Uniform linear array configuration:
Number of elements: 64
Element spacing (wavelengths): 0.75
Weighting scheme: hann
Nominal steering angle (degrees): -30
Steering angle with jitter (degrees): -29.601
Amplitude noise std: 0.05
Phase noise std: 0.05

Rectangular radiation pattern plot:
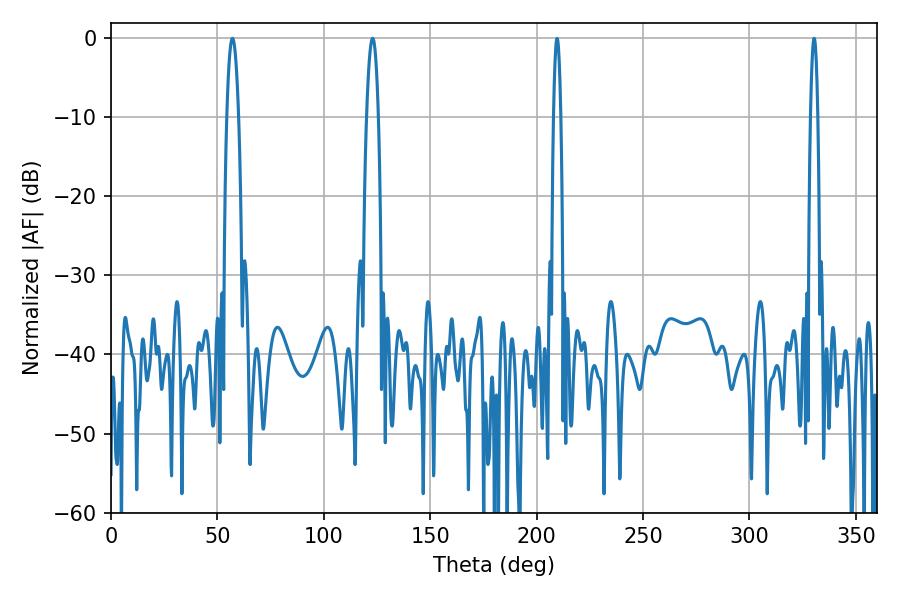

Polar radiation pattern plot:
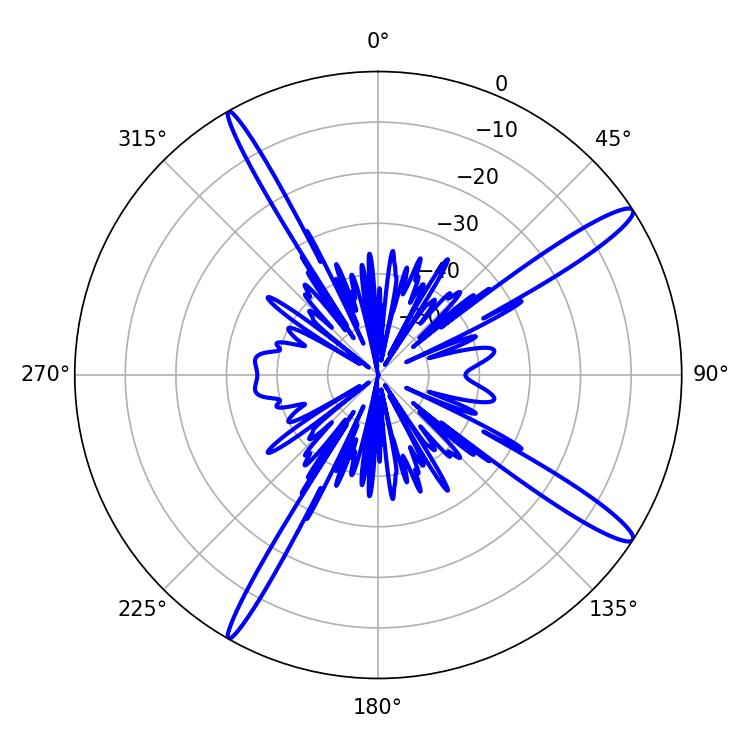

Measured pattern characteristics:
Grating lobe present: TRUE
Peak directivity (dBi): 15.107
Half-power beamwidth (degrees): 3.06
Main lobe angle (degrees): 57.06